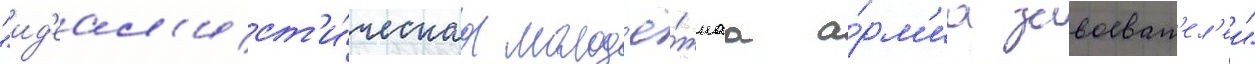
"ид'еал'ист'и́ческаа молод'ё́жнаа а́рм'иа завоеват'ел'еи"